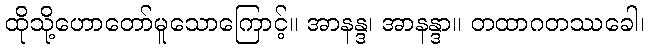
ထိုသို့ဟောတော်မူသောကြောင့်။ အာနန္ဒ၊ အာနန္ဒာ။ တထာဂတဿခေါ၊